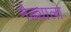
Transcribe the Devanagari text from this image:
नेढ्याला